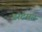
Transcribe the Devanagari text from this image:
डार्टमंट